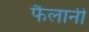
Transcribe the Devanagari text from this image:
फैलानी